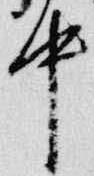
中